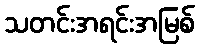
သတင်းအရင်းအမြစ်